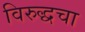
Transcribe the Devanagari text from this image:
विरुद्धचा